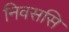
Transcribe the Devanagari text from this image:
निवससि